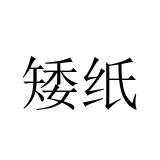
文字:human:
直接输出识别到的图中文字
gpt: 矮纸